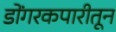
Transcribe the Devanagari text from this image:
डोंगरकपारीतून